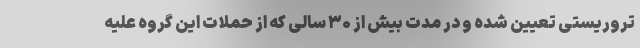
تروریستی تعیین شده و در مدت بیش از ۳۰ سالی که از حملات این گروه علیه